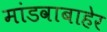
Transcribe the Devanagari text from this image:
मांडवाबाहेर